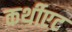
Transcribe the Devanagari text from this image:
कर्थीएट